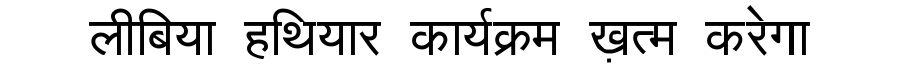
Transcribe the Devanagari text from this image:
लीबिया हथियार कार्यक्रम ख़त्म करेगा